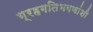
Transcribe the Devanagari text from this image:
ग्रहगतिभगणांशी